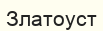
Златоуст